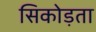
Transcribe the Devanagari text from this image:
सिकोड़ता